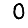
Digit: 0